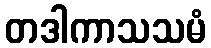
တဒါကာသသမံ